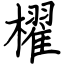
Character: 櫂